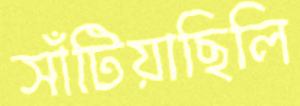
সাঁটিয়াছিলি